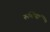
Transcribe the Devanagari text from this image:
रूचियां